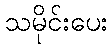
သမိုင်းပေး